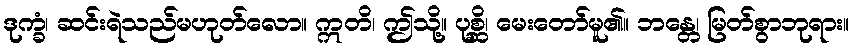
ဒုက္ခံ၊ ဆင်းရဲသည်မဟုတ်လော။ ဣတိ၊ ဤသို့။ ပုစ္ဆိ၊ မေးတော်မူ၏။ ဘန္တေ၊ မြတ်စွာဘုရား။